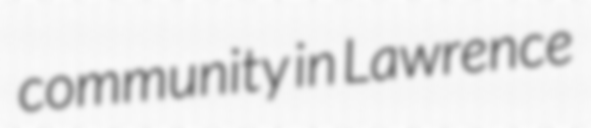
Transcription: community in Lawrence